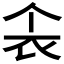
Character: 𫢚